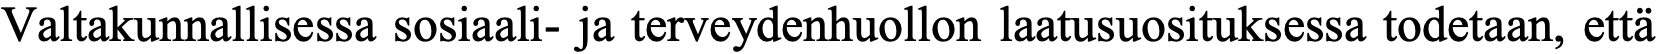
Valtakunnallisessa sosiaali- ja terveydenhuollon laatusuosituksessa todetaan, että